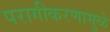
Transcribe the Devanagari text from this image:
परागीकरणामुळे